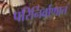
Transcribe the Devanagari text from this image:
परिनिर्वाणात